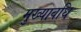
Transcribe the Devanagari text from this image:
मुख्यावधि